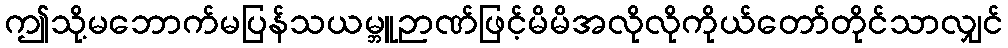
ဤသို့မဘောက်မပြန်သယမ္ဘူဉာဏ်ဖြင့်မိမိအလိုလိုကိုယ်တော်တိုင်သာလျှင်